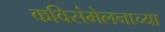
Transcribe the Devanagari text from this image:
कविसंमेलनाच्या